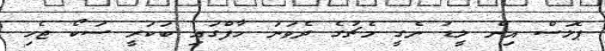
ޕެލަސް އިން ލީޑު ނެގީ މެޗުގެ ދެވަނަ ހާފްގައި ބަކަރީ ސަކޯ ޖެހި